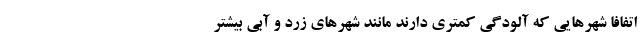
اتفافا شهرهایی که آلودگی کمتری دارند مانند شهرهای زرد و آبی بیشتر